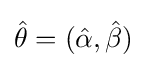
{\hat {\theta }}=({\hat {\alpha }},{\hat {\beta }})